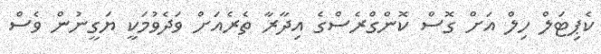
ކެޕިޓަލް ހިލް އަށް ގޮސް ކޮންގްރެސްގެ އިދާރާ ތެރެއަށް ވަދެވުމަކީ ޔަގީނުން ވެސް